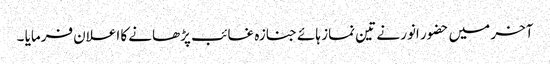
آخر میں حضور انور نے تین نماز ہائے جنازہ غائب پڑھانے کا اعلان فرمایا ۔